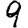
Digit: 9